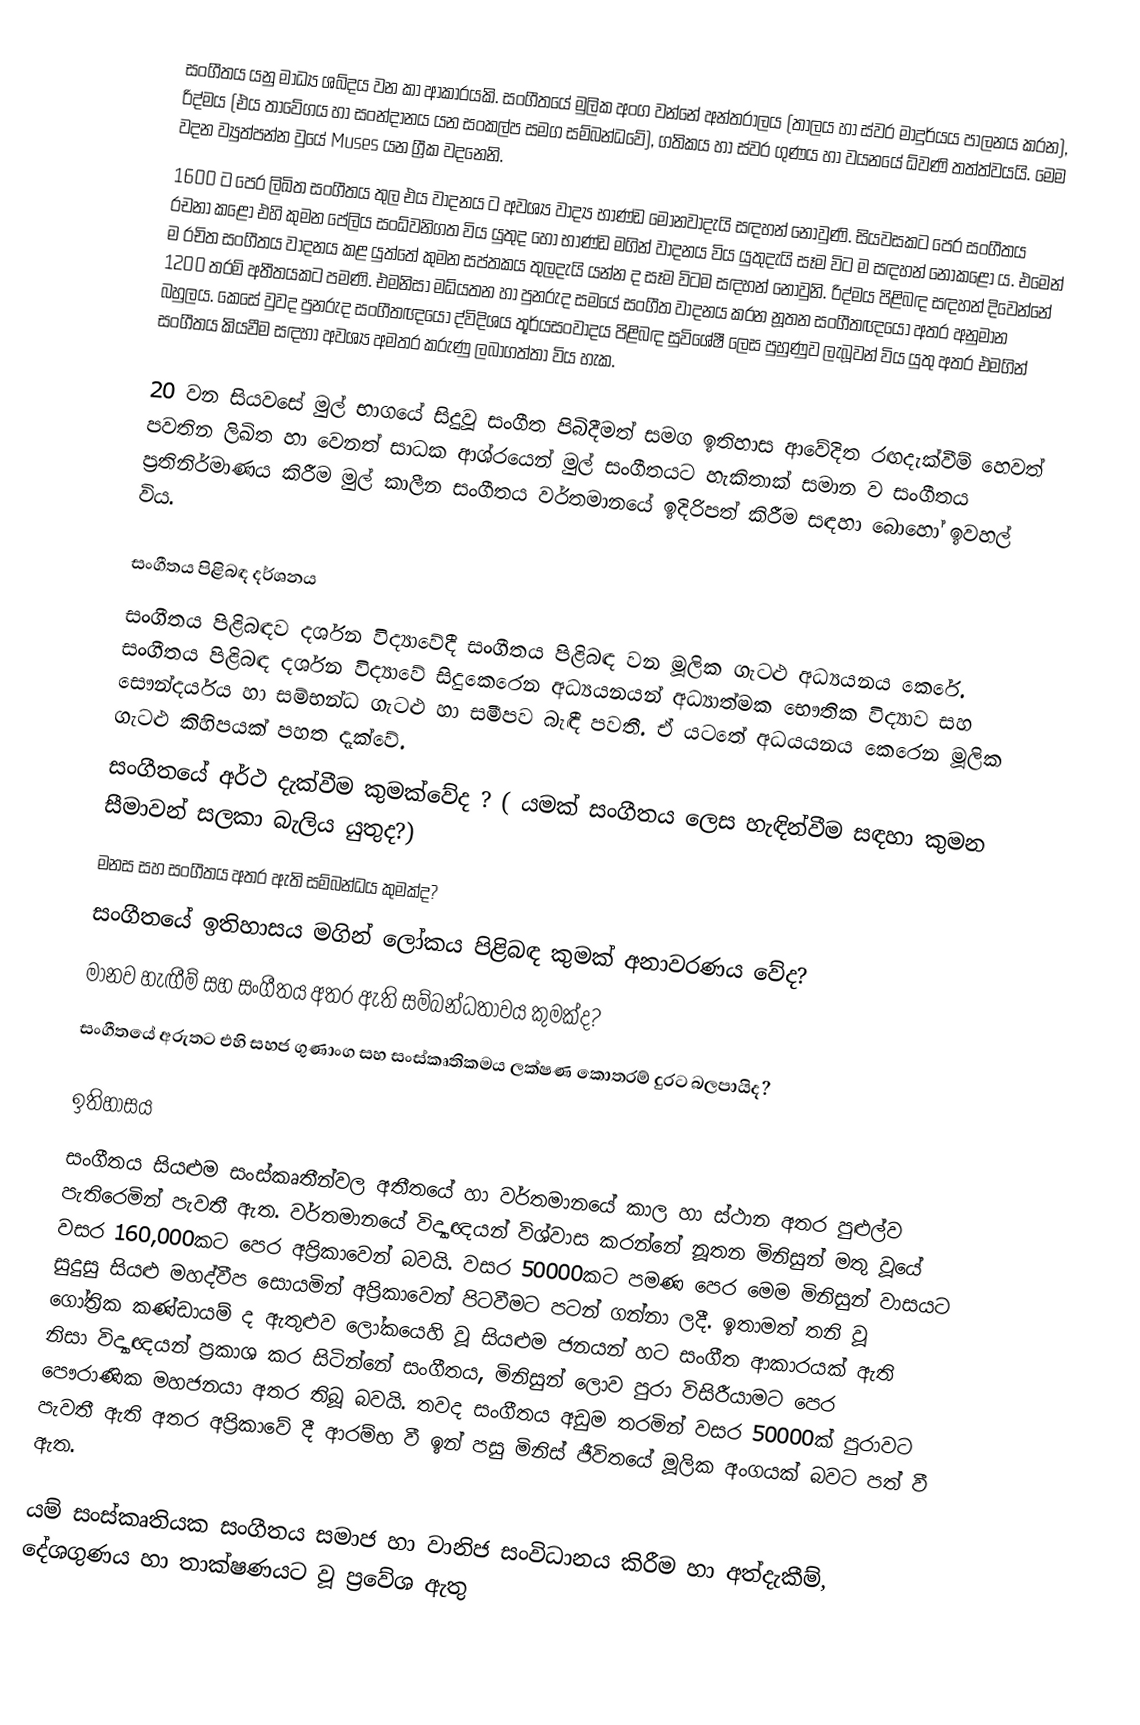
සංගීතය යනු මාධ්‍ය ශබ්දය වන කා ආකාරයකි. සංගීතයේ මුලික අංග වන්නේ අන්තරාලය (තාලය හා ස්වර මාදුර්යය පාලනය කරන), රිද්මය (එය තාවේගය හා සංන්දානය යන සංකල්ප සමග සම්බන්ධවේ), ගතිකය හා ස්වර ගුණය හා වයනයේ ‍ධ්වණි තත්ත්වයයි. මෙම වදන ව්‍යුත්පන්න වුයේ Muses යන ග්‍රීක වදනෙනි.
1600 ට පෙර ලිඛිත සංගීතය තුල එය වාදනය ට අවශ්‍ය වාද්‍ය භාණ්ඩ මොනවාදැයි සඳහන් නොවුණි. සියවසකට පෙර සංගීතය රචනා කළෝ එහි කුමන පේලිය සංධ්වනිගත විය යුතුද හෝ භාණ්ඩ මගින් වාදනය විය යුතුදැයි සෑම විට ම සඳහන් නොකළෝ ය. එමෙන් ම රචිත සංගීතය වාදනය කළ යුත්තේ කුමන සප්තකය තුලදැයි යන්න ද සෑම විටම සඳහන් නොවුනි. රිද්මය පිළිබඳ සඳහන් දිවෙන්නේ 1200 තරම් අතීතයකට පමණි. එමනිසා මධ්යතන හා පුනරුද සමයේ සංගීත වාදනය කරන නූතන සංගීතඥයෝ අතර අනුමාන බහුලය. කෙසේ වුවද පුනරුද සංගීතඥයෝ ද්විදිශය තූර්යසංවාදය පිළිබඳ සුවිශේෂී ලෙස පුහුණුව ලැබූවන් විය යුතු අතර එමගින් සංගීතය කියවීම සඳහා අවශ්‍ය අමතර කරුණු ලබාගත්තා විය හැක.

20 වන සියවසේ මුල් භාගයේ සිදුවූ සංගීත පිබිදීමත් සමග ඉතිහාස ආවේදිත රඟදැක්වීම් හෙවත් පවතින ලිඛිත හා වෙනත් සාධක ආශ්රයෙන් මුල් සංගීතයට හැකිතාක් සමාන ව සංගීතය ප්‍රතිනිර්මාණය කිරීම මුල් කාලීන සංගීතය වර්තමානයේ ඉදිරිපත් කිරීම සඳහා බොහෝ ඉවහල් විය.

සංගීතය පිළිබඳ දර්ශනය
සංගීතය පිළිබඳව දර්ශන විද්‍යාවේදී සංගීතය පිළිබඳ වන මූලික ගැටළු අධ්‍යයනය කෙරේ. සංගීතය පිළිබඳ දර්ශන විද්‍යාවේ සිදුකෙරෙන අධ්‍යයනයන් අධ්‍යාත්මක භෞතික විද්‍යාව සහ සෞන්දර්යය හා සම්භන්ධ ගැටළු හා සමීපව බැඳී පවතී. ඒ යටතේ අධයයනය කෙ‍රෙන මූලික ගැටළු කිහිපයක් පහත දැක්වේ.
සංගීතයේ අර්ථ දැක්වීම කුමක්වේද ? ( යමක් සංගීතය ලෙස හැඳින්වීම සඳහා කුමන සීමාවන් සලකා බැලිය යුතුද?)
මනස සහ සංගීතය අතර ඇති සම්බන්ධය කුමක්ද?
සංගීතයේ ඉතිහාසය මගින් ලෝකය පිළිබඳ කුමක් අනාවරණය වේද?
මානව හැඟීම් සහ සංගීතය අතර ඇති සම්බන්ධතාවය කුමක්ද?
සංගීතයේ අරුතට එහි සහජ ගුණාංග සහ සංස්කෘතිකමය ලක්ෂණ කොතරම් දුරට බලපායිද?

ඉතිහාසය
සංගීත‍ය සියළුම සංස්කෘතීන්වල අතීතයේ හා වර්තමානයේ කාල හා ස්ථාන අතර පුළුල්ව පැතිරෙමින් පැවතී ඇත. වර්තමානයේ විද්‍යාඥයන් විශ්වාස කරන්නේ නූතන මිනිසුන් මතු වූයේ වසර 160,000කට පෙර අප්‍රිකාවෙන් බවයි. වසර 50000කට පමණ පෙර මෙම මිනිසුන් වාසයට සුදුසු සියළු මහද්වීප සොයමින් අප්‍රිකාවෙන් පිටවීමට පටන් ගන්නා ලදී. ඉතාමත් තනි වූ ගෝත්‍රික කණ්ඩායම් ද ඇතුළුව ලෝකයෙහි වූ සියළුම ජනයන් හට සංගීත ආකාරයක් ඇති නිසා විද්‍යාඥයන් ප්‍රකාශ කර සිටින්නේ සංගීතය, මිනිසුන් ලොව පුරා විසිරීයාමට පෙර පෞරාණික මහජනයා අතර තිබූ බවයි. තවද සංගීතය අඩුම තරමින් වසර 50000ක් පුරාවට පැවතී ඇති අතර අප්‍රිකාවේ දී ආරම්භ වී ඉන් පසු මිනිස් ජීවිතයේ මූලික අංගයක් බවට පත් වී ඇත.

යම් සංස්කෘතියක සංගීතය සමාජ හා වානිජ සංවිධානය කිරීම හා අත්දැකීම්, දේශගුණය හා තාක්ෂණයට වූ ප්‍රවේශ ඇතු